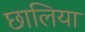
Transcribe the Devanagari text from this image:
छालिया